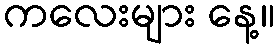
ကလေးများ နေ့။